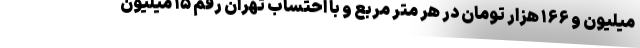
میلیون و ۱۶۶ هزار تومان در هر متر مربع و با احتساب تهران رقم ۱۵ میلیون